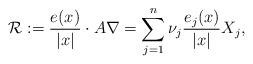
LaTeX: \begin{align*}\mathcal{R} :=\frac{e(x)}{|x|}\cdot A\nabla=\sum_{j=1}^{n} \nu_{j} \frac{e_{j}(x)}{|x|}X_{j},\end{align*}